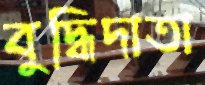
বুদ্ধিদাতা